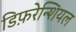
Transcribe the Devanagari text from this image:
डिफ़रेन्शियल